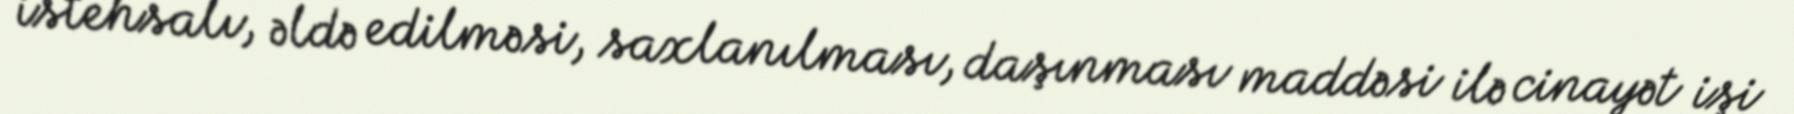
istehsalı, əldə edilməsi, saxlanılması, daşınması maddəsi ilə cinayət işi